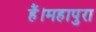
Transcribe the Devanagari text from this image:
हैं।महापुरा